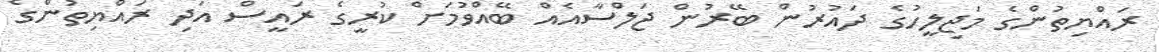
ރައްޔިތުންގެ މަޖިލީހުގެ ދައުރުން ބޭރުން ޖަލްސާއެއް ބޭއްވުމަށް ކުރީގެ ރައީސް އަދި ރައްޔިތުންގެ